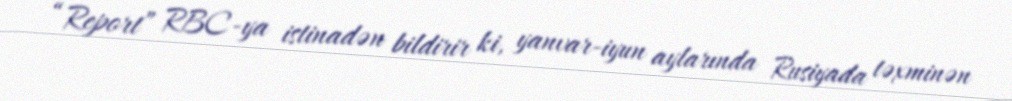
“Report” RBC-ya istinadən bildirir ki, yanvar-iyun aylarında Rusiyada təxminən